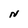
Character: N